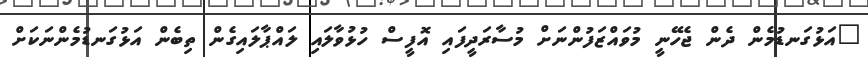
"އަޅުގަނޑުމެން ދެން ޖެހޭނީ މުވައްޒަފުންނަށް މުސާރަދީފައި އޮފީސް ހުޅުވާލައި ލައްޕާލައިގެން ތިބެން އަޅުގަނޑުމެންނަކަށް